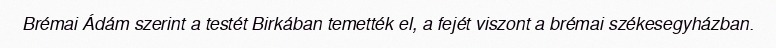
Brémai Ádám szerint a testét Birkában temették el, a fejét viszont a brémai székesegyházban.